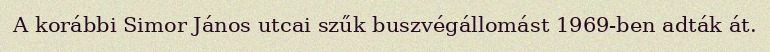
A korábbi Simor János utcai szűk buszvégállomást 1969-ben adták át.